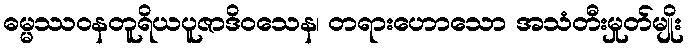
ဓမ္မဿဝနတူရိယပူဇာဒိဝသေန၊ တရားဟောသော အသံတီးမှုတ်မျိုး